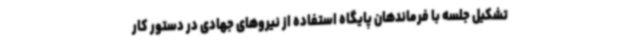
تشکیل جلسه با فرماندهان پایگاه استفاده از نیروهای جهادی در دستور کار